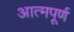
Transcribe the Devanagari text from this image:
आत्मपूर्ण